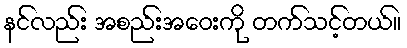
နင်လည်း အစည်းအဝေးကို တက်သင့်တယ်။